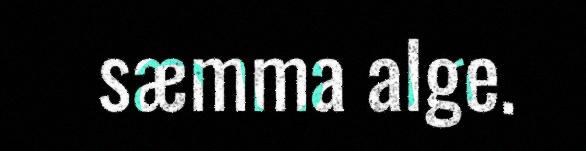
sæmma alge.